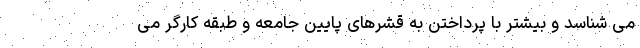
می شناسد و بیشتر با پرداختن به قشرهای پایین جامعه و طبقه کارگر می